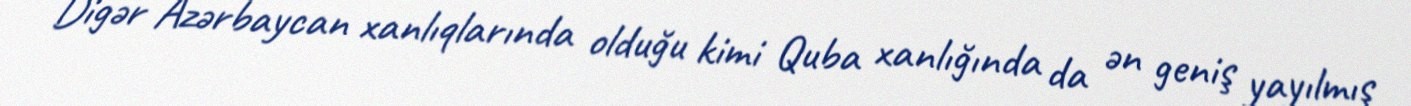
Digər Azərbaycan xanlıqlarında olduğu kimi Quba xanlığında da ən geniş yayılmış